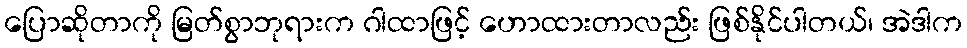
ပြောဆိုတာကို မြတ်စွာဘုရားက ဂါထာဖြင့် ဟောထားတာလည်း ဖြစ်နိုင်ပါတယ်၊ အဲဒါက